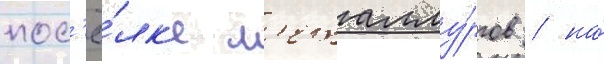
пос'ё́лк'е м'еталлу́ргов / на́